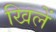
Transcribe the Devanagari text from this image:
खिलें